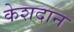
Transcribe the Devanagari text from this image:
केशदान